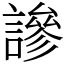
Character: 謲